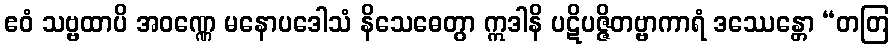
ဧဝံ သဗ္ဗထာပိ အဝဏ္ဏေ မနောပဒေါသံ နိသေဓေတွာ ဣဒါနိ ပဋိပဇ္ဇိတဗ္ဗာကာရံ ဒဿေန္တော “တတြ